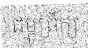
ជម្ពូព្រឹក្ស